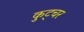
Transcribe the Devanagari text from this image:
कुट्चर